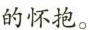
的怀抱。